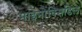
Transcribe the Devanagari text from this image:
माइनोक्सिडिल